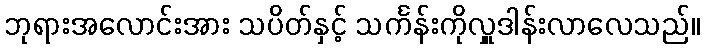
ဘုရားအလောင်းအား သပိတ်နှင့် သင်္ကန်းကိုလှူဒါန်းလာလေသည်။